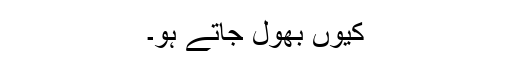
کیوں بھول جاتے ہو۔